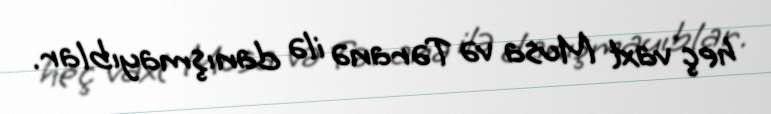
heç vaxt Musa və Təranə ilə danışmayıblar.